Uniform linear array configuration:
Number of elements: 64
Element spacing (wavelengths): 0.75
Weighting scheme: binomial
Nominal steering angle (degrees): -60
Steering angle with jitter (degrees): -58.63
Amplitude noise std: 0.05
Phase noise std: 0.05

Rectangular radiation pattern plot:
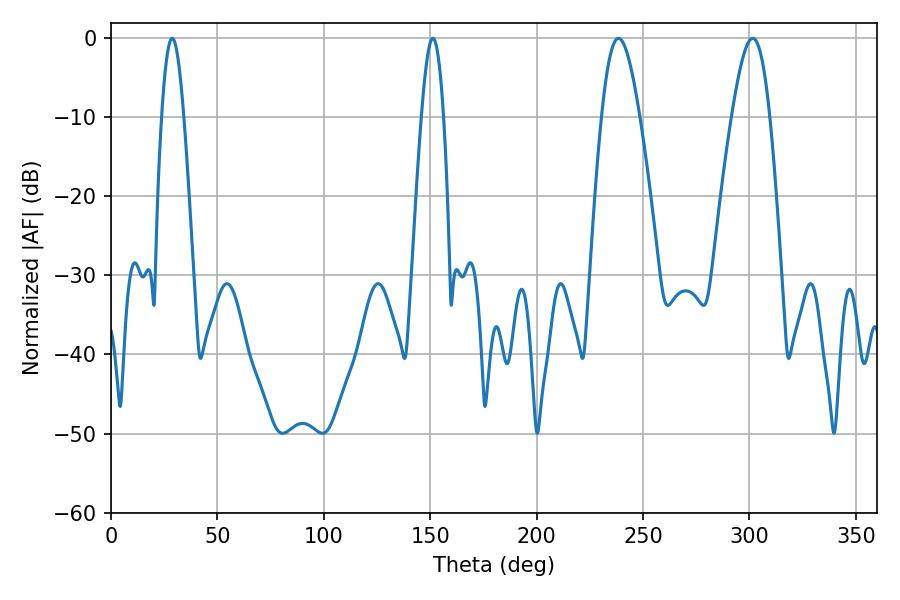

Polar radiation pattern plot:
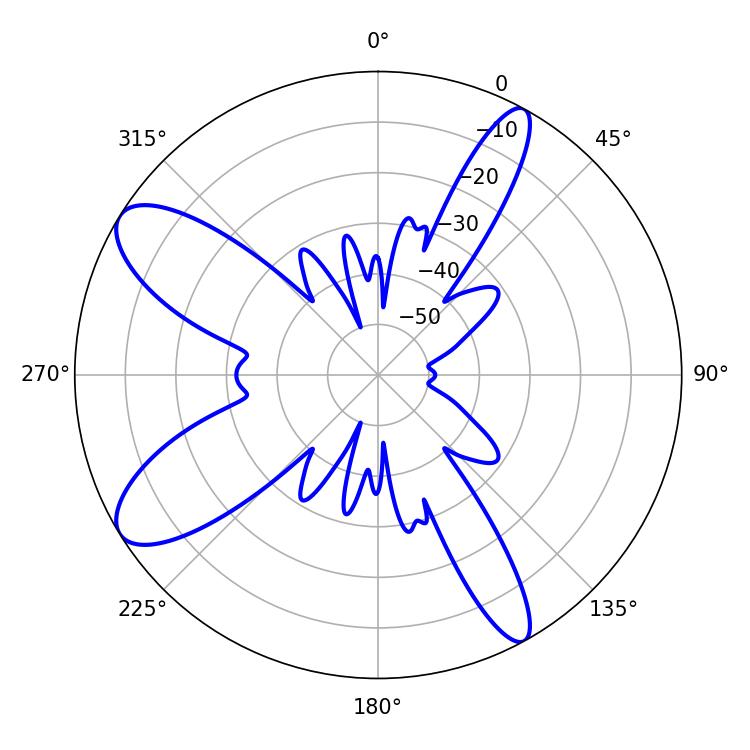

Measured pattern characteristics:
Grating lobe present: TRUE
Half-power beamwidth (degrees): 9.54
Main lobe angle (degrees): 301.5